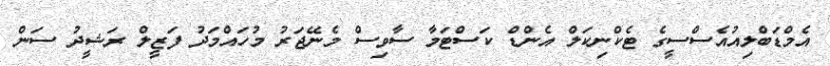
އެމްޑަބްލިއުއެސްސީގެ ޓެކްނިކަލް އެންޑް ކަސްޓަމާ ސާވިސް މެނޭޖަރު މުހައްމަދު ފަޒީލް ރަޝީދު ސަން